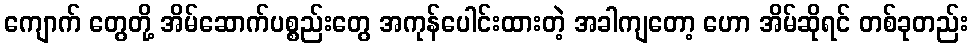
ကျောက် တွေတို့ အိမ်ဆောက်ပစ္စည်းတွေ အကုန်ပေါင်းထားတဲ့ အခါကျတော့ ဟော အိမ်ဆိုရင် တစ်ခုတည်း